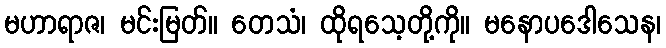
မဟာရာဇ၊ မင်းမြတ်။ တေသံ၊ ထိုရသေ့တို့ကို။ မနောပဒေါသေန၊